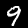
Digit: 9